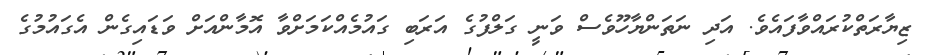
ޒިޔާރަތްކުރައްވާފައެވެ. އަދި ނަތަންޔާހޫވެސް ވަނީ ގަލްފުގެ އަރަބި ގައުމެއްކަމަށްވާ އޮމާންއަށް ވަޑައިގެން އެގައުމުގެ